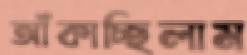
আঁকাচ্ছিলাম